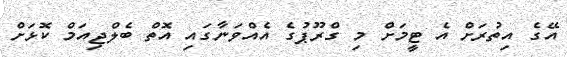
އޭގެ އިތުރަށް އެ ޓީމަށް މި ގްރޫޕުގެ އެއްވަނާގައި އޮތް ބެލްޖިއަމް ކޮޅަށް